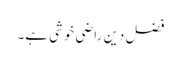
فضل دین راضی خوشی ہے۔